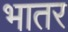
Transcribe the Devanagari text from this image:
भातर